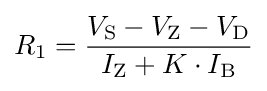
R_{1}={\frac {V_{\text{S}}-V_{\text{Z}}-V_{\text{D}}}{I_{\text{Z}}+K\cdot I_{\text{B}}}}